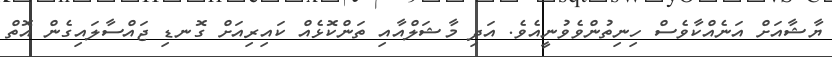
ޔާޝާއަށް އަނެއްކާވެސް ހިނިތުންވެވުނީއެވެ. އަދި މާޝަލްއާއި ތަންކޮޅެއް ކައިރިއަށް ގޮނޑި ޖައްސާލައިގެން އޮތް